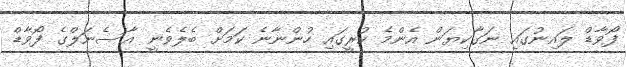
ފޯވާޑް ލައިނުގައި ނަގާކިޔަން އެންމެ ކުރީގައި ހުންނާނެ ކަމަށް ބެލެވެނީ އާސެނަލްގެ ފޯވާޑް